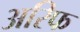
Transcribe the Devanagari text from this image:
अरिफ